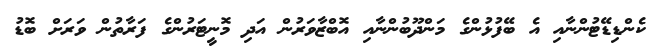
ކެންޑިޑޭޓުންނާއި އެ ބޭފުޅުންގެ މަންދޫބުންނާއި އޮބްޒާވަރުން އަދި މޮނީޓަރުންގެ ފަރާތުން ވަރަށް ބޮޑު